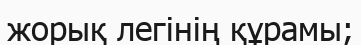
жорық легінің құрамы;